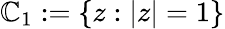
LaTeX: \mathbb{C}_{1}:=\{ z:|z|=1\}